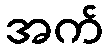
အက်